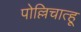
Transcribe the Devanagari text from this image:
पोल्लिचात्हू